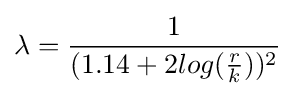
\lambda ={\frac {1}{(1.14+2log({\frac {r}{k}}))^{2}}}